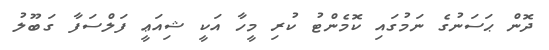
ދޮން ޙަސަނުގެ ނަމުގައި ކޮމެންޓު ކުރި މީހާ އަކީ ޝިއަޢީ ފަލްސަފާ ގަބޫލު